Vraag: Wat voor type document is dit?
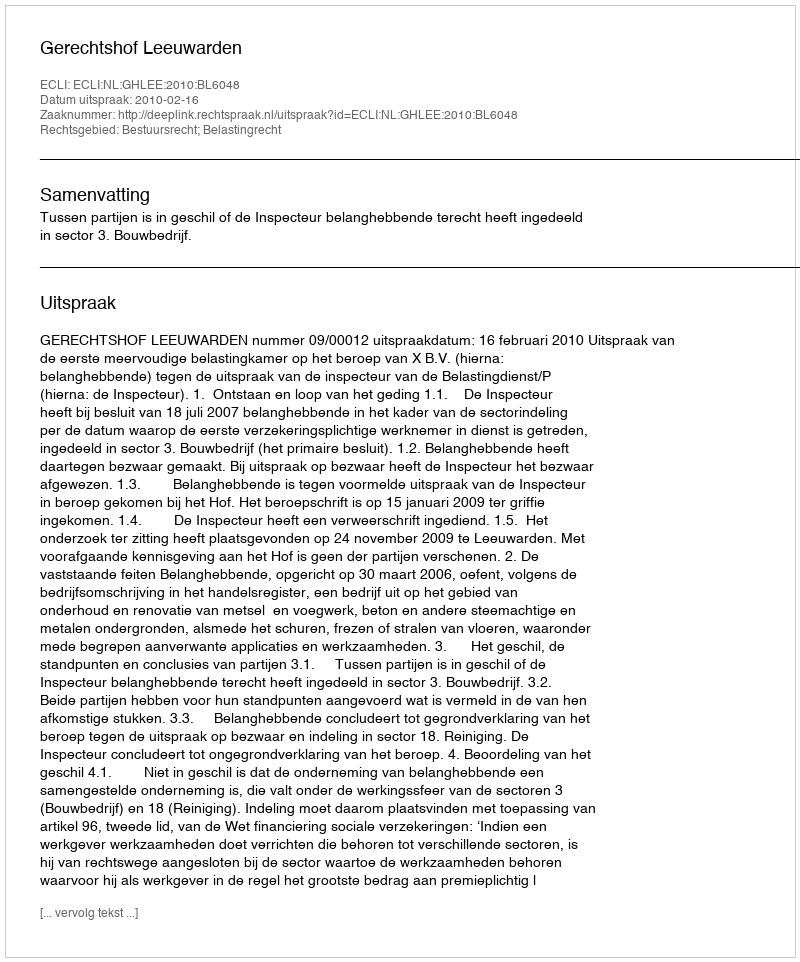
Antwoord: Uitspraak